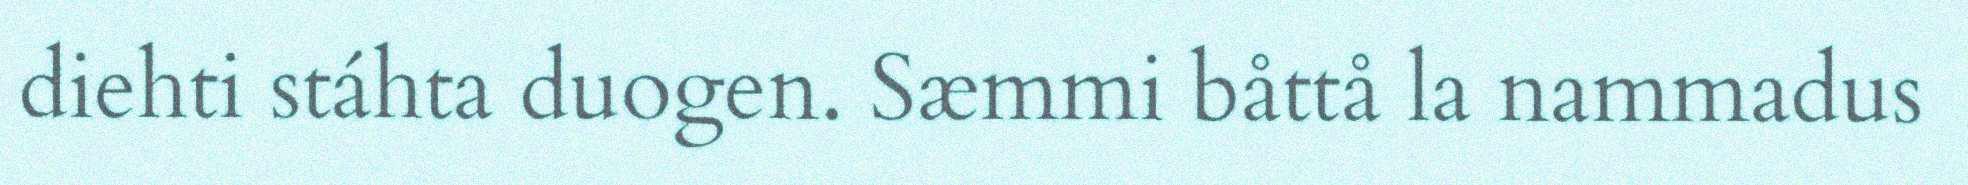
diehti stáhta duogen. Sæmmi båttå la nammadus